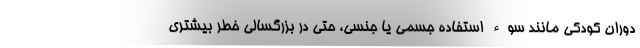
دوران کودکی مانند سوء استفاده جسمی یا جنسی، حتی در بزرگسالی خطر بیشتری